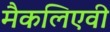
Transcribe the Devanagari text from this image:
मैकलिएवी